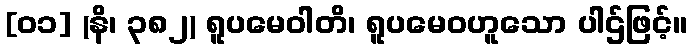
[၀၁] (နိ၊ ၃၈၂) ရူပမေဝါတိ၊ ရူပမေဝဟူသော ပါဌ်ဖြင့်။